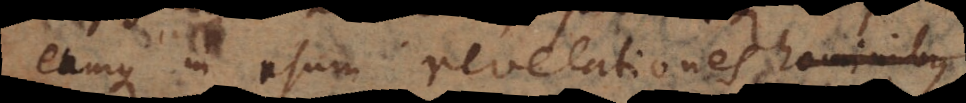
eumque in usum revelationes instituit.